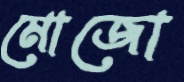
মোজো